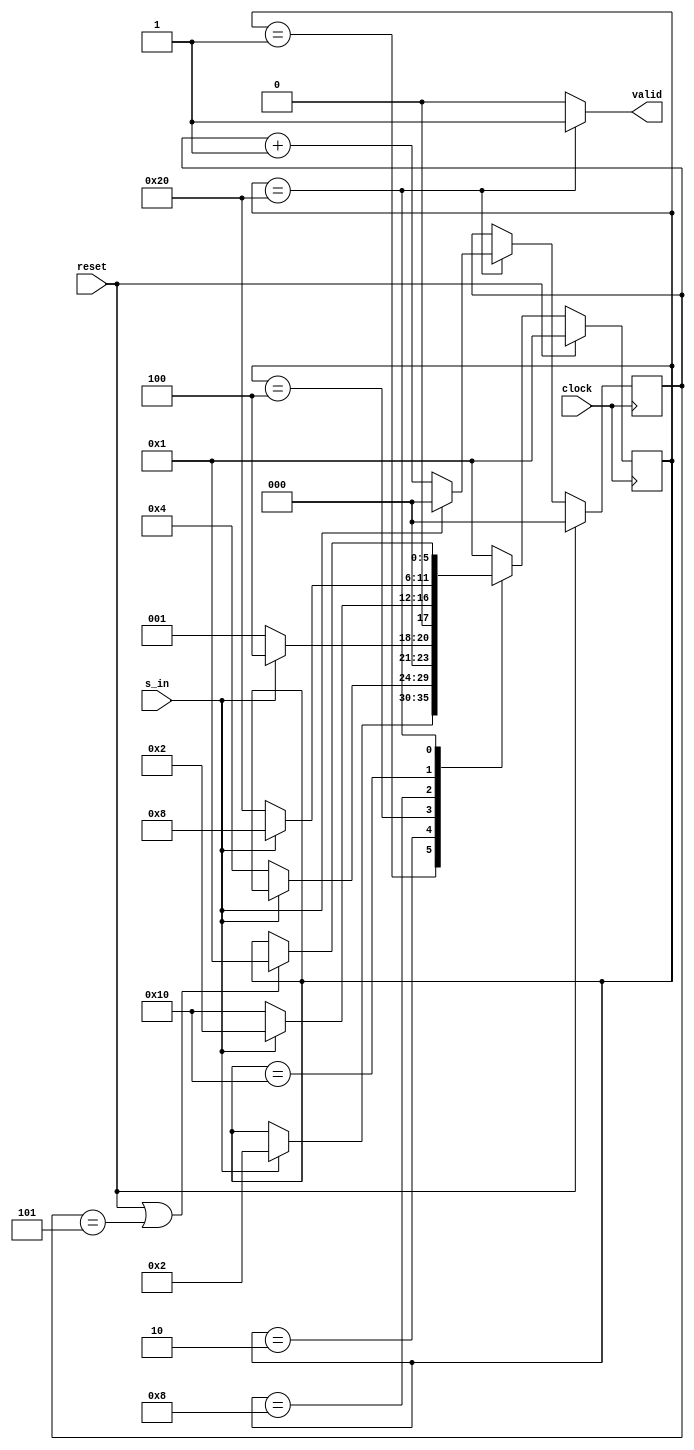
module me (clock, reset, 
s_in,valid);

input clock, reset, s_in;
output reg valid;

reg [5:0] state;
reg [2:0] count0;

reg [5:0] nxt_state;
reg [2:0] nxt_count0;           

//Ambas variables almacenadas en registros hechos con FF de flanco positivo.
// Un FF por bit de cada variable.
           
always @(posedge clock) begin
  if (reset) begin
    state  <= 6'b000001;
    count0 <= 3'b000; 
  end else begin
    state  <= nxt_state;
    count0 <= nxt_count0;
  end
end  //Fin de los flip flops

always @(*) begin

// Valores por defecto

  nxt_state = state;   //Para completar el comportamiento del FF se necesita
                       //que por defecto el nxt_state sostenga el valor del estado
                       //anterior
  nxt_count0 = count0; // Igual al caso de state y nxt_state, para garantizar el 
                       // comportamiento del FF. 
   
  valid = 1'b0;  //La salida es cero para todos los estados excepto el ltimo, 
                 //entonces la ponemos en cero como valor por defecto 
                 //y solo se modifica si llegamos al ltimo estado. 

// Comportamiento de la mquina de estados
// Define las transiciones de prximo estado segn el diagrama ASM
// visto en clase y el comportamiento de "valid" y "count0" en el 
// ltimo estado, segn la especificacin.

  case(state)
    6'b000001: if (s_in) nxt_state = 6'b000010;    // Idle, solo salimos de este estado cuando s_in=1'b1

    6'b000010: if (~s_in) nxt_state = 6'b000100;   // 1 recibido, si se recibe un 0, pasamos al siguiente
                                                   // estado, de lo contrario, seguimos aqu.
                                                                   
    6'b000100: begin                               // 10   recibido, si se recibe un 1, pasamos al siguiente  
                 if (s_in) nxt_state = 6'b00100;   // estado, de lo contrario volvemos a IDLE.
                 else nxt_state = 6'b000001;
               end                
               
    6'b001000: begin                               // 101  recibido, si se recibe un 0, vamos al siguiente estado.
                 if (~s_in) nxt_state = 6'b010000; // De lo contrario, volvemos al estado donde solo se recibi un 1.   
                 else nxt_state = 6'b000010;
               end
               
    6'b010000: begin                               // 1010 recibido, si se recibe otro cero, vamos al estado final.
                 if (~s_in) nxt_state = 6'b100000; // En caso contrario, volvemos al estado donde hemos recibido 101
                 else nxt_state = 6'b001000;
               end                                                                               
               
    6'b100000: begin                               //10100 recibido, se debe encender vlido y esperar RESET o la
                 valid = 1'b1;                     //secuencia 00000 para regresar a IDLE. En cualquier otro caso,
                 if (~s_in) nxt_count0 = count0+1; //se debe permanecer en el estado actual.
                 else nxt_count0 = 3'b000;
                 if (reset | (count0 == 3'b101)) nxt_state = 6'b000001;
               end
    default:   nxt_state = 6'b000001; // Si la mquina entrara en un estado inesperado, regrese al inicio.
  endcase

end // Este end corresponde al always @(*) de la lgica combinacional

endmodule